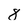
Character: 8